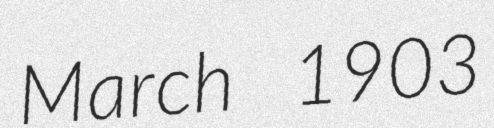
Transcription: March 1903